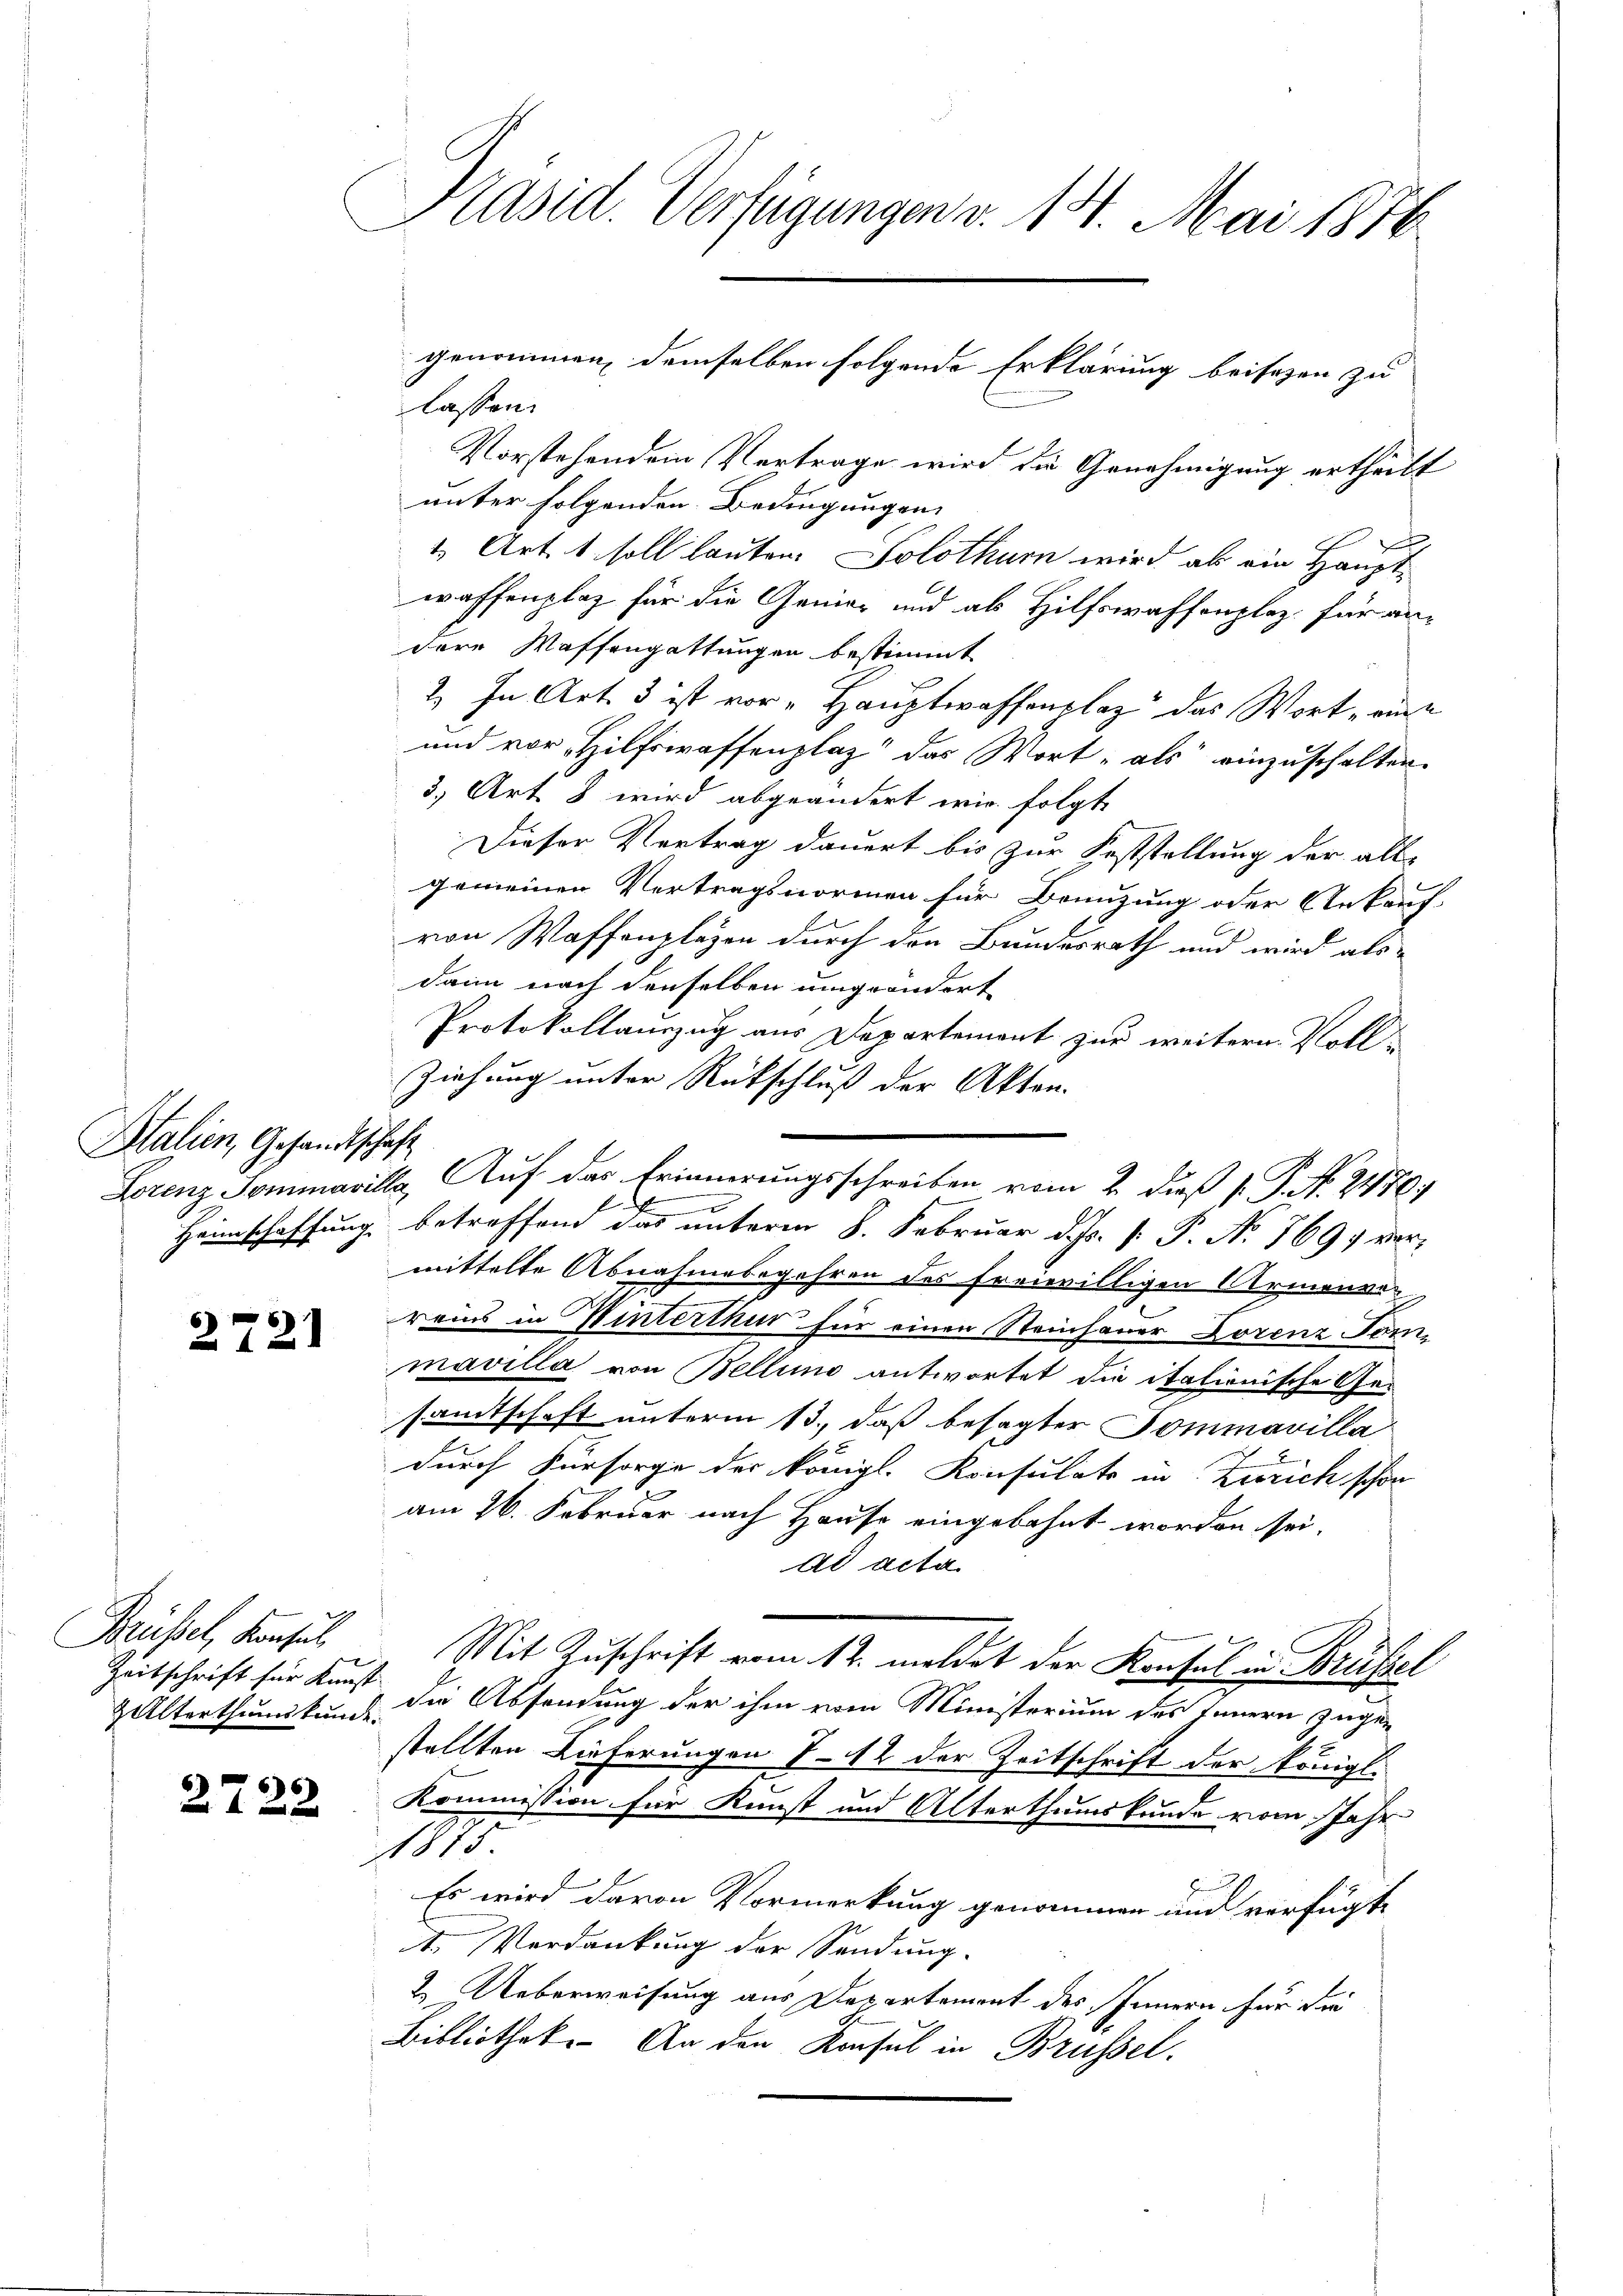
Italien, Gesandtschaft

21

Brübel, Konsul
Zeitschrift für Kunst
& Alterthumskunde.

2722

Präsid. Verfügungen v. 14. Mai 1856

lassen.
Vorstehendem Vertrage wird die Genehmigung ertheilt
unter folgenden Bedingungen
1 Art. 1 soll lauten. Solothur wird als ein Hauptwaffenplaz für die Genier und als Hilfswaffenplaz, für andere Waffengattungen bestimmt
2. In Art. 3 ist vor- Hauptwaffenplaz das Wort, eine
und vor Hilfswaffenplaz das Wort als einzuschalten.
3., Art. 8 wird abgeändert wir folgt,
Dieser Vertrag dauert bis zur Feststellung der all-
gemeinen Vertragsnormen für Branzung oder Ankauf-
von Waffenplagen durch den Bundesrath und wird als
dann nach denselben umgeändert
Protokollauszug aus Departement zur weitern Voll-
Ziehung unter Rückschluß der Akten.
Lorenz Sommavilla, Auf das Erinnerungsschreiben vom 2. dieß P. P. N. 2470.
l
x
Heimschaffung, betreffend das unterm 8. Februar d. Js. [ P. No. 1697 vormittelte Abnahmebegehren des freiwilligen Armenver
reins in Winterthur für einen Steinhauer Lorenz Tom
mavilla von Bellino antwortet die italionische Gesamtschaft unterm 13., daß besagter Sommarilla
x
durch Fürsorge des königl. Konsulats in Zürich schon
am 26. Februar nach Haus eingebahnt worden sei.
ad acta
Mit Zuschrift vom 12. meldet der Konsul in Brüssel
1 die Absendung der ihm vom Ministerium des Innern zugestellten Lieferungen 7-12 der Zeitschrift der Königl.
Kommission für Kunst und Alterthumskunde vom Jahr
1875
Es wird davon Vormerkung genommen und verfügte
t. Verdankung der Sendung.
2. Ueberweisung aus Departement des Innern für die
Bibliothek. An den Konsul in Brüssel.

genommen, demselben folgende Erklärung beisezen zu